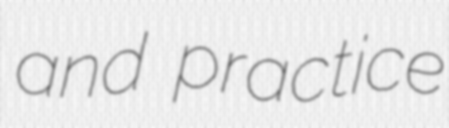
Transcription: and practice